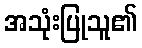
အသုံးပြုသူ၏